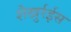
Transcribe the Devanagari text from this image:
शैखुर्रईस